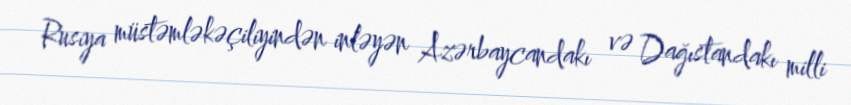
Rusiya müstəmləkəçiliyindən inləyən Azərbaycandakı və Dağıstandakı milli